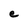
Character: e